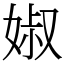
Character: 婌